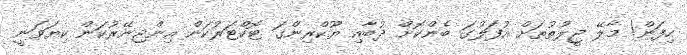
ހިފަން! މާލޭ ޖީލުތުތަށް އުފަލުގަ ބެންކޮށް ދުބާއި ޔޫކްރިންގަ ޓޮކްޓަރުކަން އިންޖިނޭރުކަން ކިޔަވަނީ